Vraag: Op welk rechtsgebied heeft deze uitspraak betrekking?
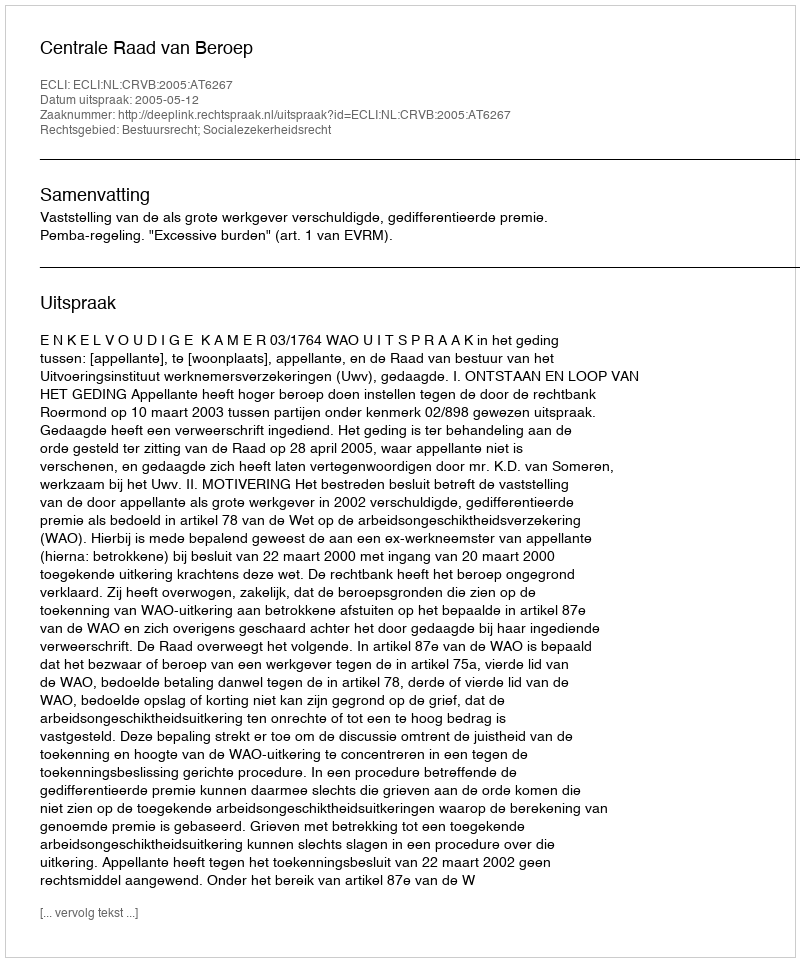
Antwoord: Bestuursrecht; Socialezekerheidsrecht